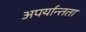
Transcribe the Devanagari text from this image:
अपर्यान्तता